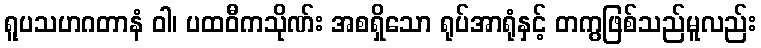
ရူပသဟဂတာနံ ဝါ၊ ပထဝီကသိုဏ်း အစရှိသော ရုပ်အာရုံနှင့် တကွဖြစ်သည်မူလည်း